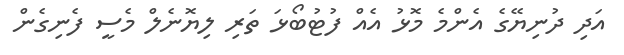
އަދި ދުނިޔޭގެ އެންމެ މޮޅު އެއް ފުޓުބޯޅަ ތަރި ލިޔޮނެލް މެސީ ފެނިގެން